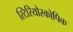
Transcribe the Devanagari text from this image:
स्टिरियोस्कोपिक